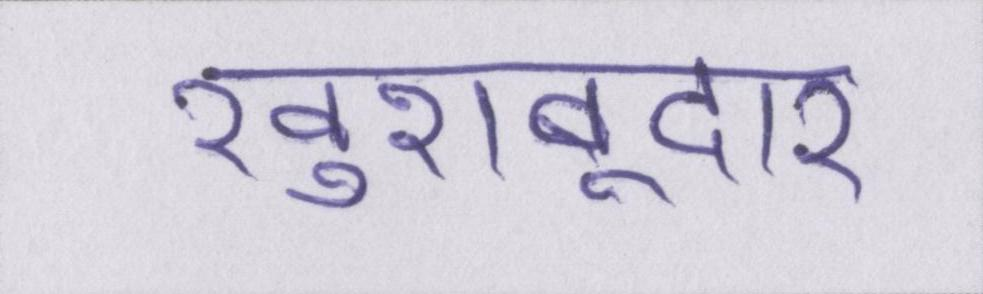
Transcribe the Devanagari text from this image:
खुशबूदार